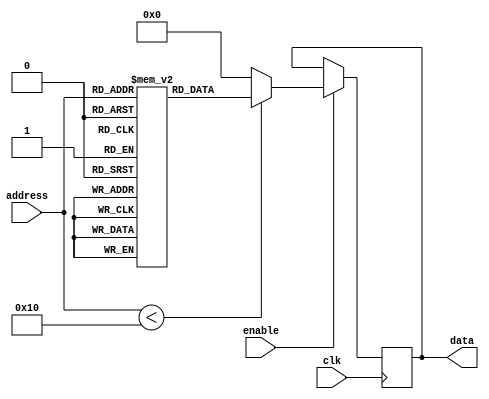
module Parameterized_ROM #(
    parameter ADDR_WIDTH = 4,  // Address width
    parameter DATA_WIDTH = 8,   // Data width
    parameter MEM_SIZE = 1 << ADDR_WIDTH // Memory size based on address width
)(
    input wire [ADDR_WIDTH-1:0] address, // Address input
    input wire clk,                       // Clock input
    input wire enable,                    // Enable input
    output reg [DATA_WIDTH-1:0] data     // Data output
);

// Internal memory array
reg [DATA_WIDTH-1:0] memory [0:MEM_SIZE-1];

// Initialize memory with predefined values
initial begin
    // Example initialization (you can modify these values as needed)
    memory[0] = 8'hAA;
    memory[1] = 8'hBB;
    memory[2] = 8'hCC;
    memory[3] = 8'hDD;
    memory[4] = 8'hEE;
    memory[5] = 8'hFF;
    memory[6] = 8'h00;
    memory[7] = 8'h11; // Continue initializing as needed
    // Ensure to initialize all memory locations if MEM_SIZE > 8
end

// Read operation
always @(posedge clk) begin
    if (enable) begin
        if (address < MEM_SIZE) begin
            data <= memory[address]; // Read from memory
        end else begin
            data <= {DATA_WIDTH{1'b0}}; // Default value if address is out of range
        end
    end
end

endmodule